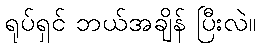
ရုပ်ရှင် ဘယ်အချိန် ပြီးလဲ။